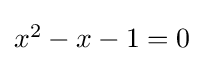
\textstyle x^{2}-x-1=0